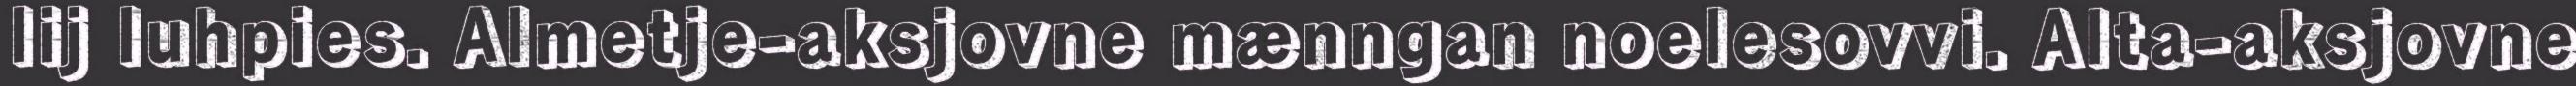
lij luhpies. Almetje-aksjovne mænngan noelesovvi. Alta-aksjovne